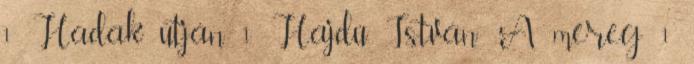
1 Hadak útján 1 Hajdú István: A méreg 1